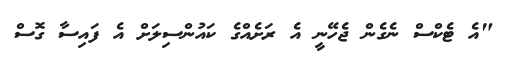
"އެ ޓެކްސް ނެގެން ޖެހޭނީ އެ ރަށެއްގެ ކައުންސިލަށް އެ ފައިސާ ގޮސް